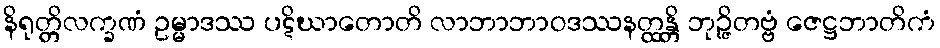
နိရုတ္တိလက္ခဏံ ဥမ္မာဒဿ ပဋိဃာတောတိ လာဘာဘာဝဒဿနတ္ထန္တိ ဘုဉ္ဇိတဗ္ဗံ ဇေဋ္ဌဘာတိကံ